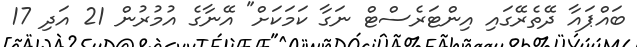
ބައްޕައާ ދޭތެރޭގައި އިންޓަރެސްޓް ނަގާ ކަމަކަށް" އޭނާގެ އުމުރުން 21 އަދި 17